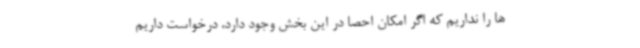
ها را نداریم که اگر امکان احصا در این بخش وجود دارد، درخواست داریم